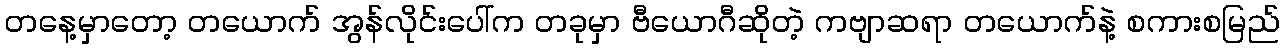
တနေ့မှာတော့ တယောက် အွန်လိုင်းပေါ်က တခုမှာ ဗီယောဂီဆိုတဲ့ ကဗျာဆရာ တယောက်နဲ့ စကားစမြည်